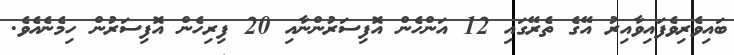
ބައިވެރިވެފައިވާއިރު އޭގެ ތެރޭގައި 12 އަންހެން އޮފިސަރުންނާއި 20 ފިރިހެން އޮފިސަރުން ހިމެނެއެވެ.